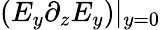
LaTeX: (E_{y}\partial_{z}E_{y})|_{y=0}